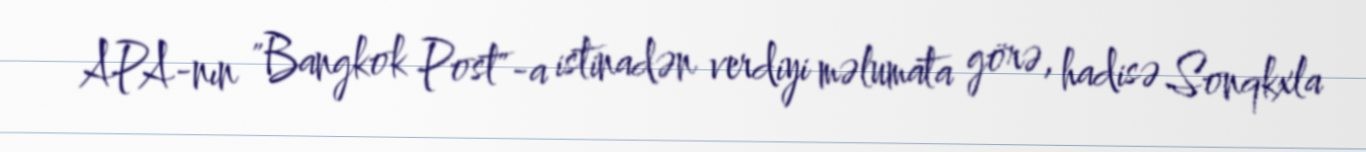
APA-nın "Bangkok Post"-a istinadən verdiyi məlumata görə, hadisə Sonqkxla